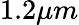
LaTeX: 1.2\mu m